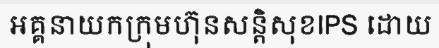
អគ្គនាយកក្រុមហ៊ុនសន្តិសុខIPS ដោយ